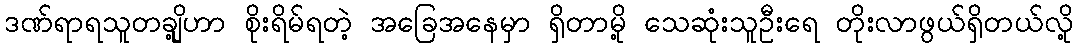
ဒဏ်ရာရသူတချို့ဟာ စိုးရိမ်ရတဲ့ အခြေအနေမှာ ရှိတာမို့ သေဆုံးသူဦးရေ တိုးလာဖွယ်ရှိတယ်လို့